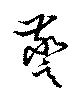
警